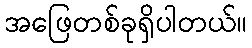
အဖြေတစ်ခုရှိပါတယ်။